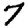
Digit: 7